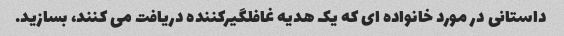
داستانی در مورد خانواده ای که یک هدیه غافلگیرکننده دریافت می کنند، بسازید.